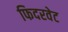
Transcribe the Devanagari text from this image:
फिदरवेट